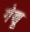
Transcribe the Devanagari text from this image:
गेणू